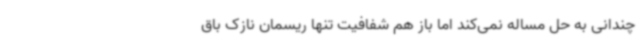
چندانی به حل مساله نمی‌کند اما باز هم شفافیت تنها ریسمان نازک باق